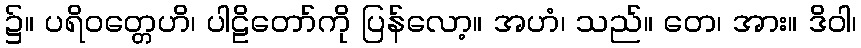
၌။ ပရိဝတ္တေဟိ၊ ပါဠိတော်ကို ပြန်လော့။ အဟံ၊ သည်။ တေ၊ အား။ ဒိဝါ၊